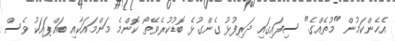
އެހެންކަމުން "މުތެއްގެ" ސިފައިގައި ދަރިފުޅު ގެންގުޅެ ބޮޑުކުރެވޭތޯ ކޮންމެ މަންމައަކާއި ބައްޕައަކު ވެސް